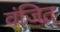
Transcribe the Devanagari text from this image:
वंजित